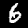
Digit: 6